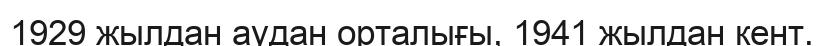
1929 жылдан аудан орталығы, 1941 жылдан кент.